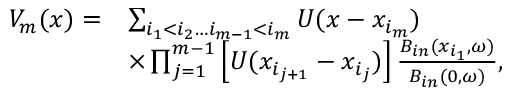
\begin{array} { r l } { V _ { m } ( x ) = } & { \sum _ { i _ { 1 } < i _ { 2 } \ldots i _ { m - 1 } < i _ { m } } U ( x - x _ { i _ { m } } ) } \\ & { \times \prod _ { j = 1 } ^ { m - 1 } \left[ U ( x _ { i _ { j + 1 } } - x _ { i _ { j } } ) \right] \frac { B _ { i n } ( x _ { i _ { 1 } } , \omega ) } { B _ { i n } ( 0 , \omega ) } , } \end{array}